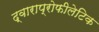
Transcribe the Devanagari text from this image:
द्वाराप्रोफीलेटिक